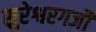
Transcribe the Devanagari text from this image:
सुरेश्वरगजौ